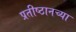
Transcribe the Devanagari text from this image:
प्रतीष्ठानच्या